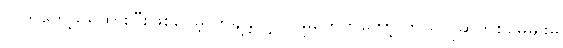
လက်တွေ့သိရှိထားပြီးဖြစ်ပေမဲ့ တချို့လေ့လာမှုတွေကတော့ ဘယ်လိုဆက်စပ်မှုမျိုးမှ